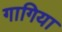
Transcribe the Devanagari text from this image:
गागिया